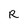
Character: R